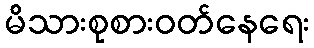
မိသားစုစားဝတ်နေရေး